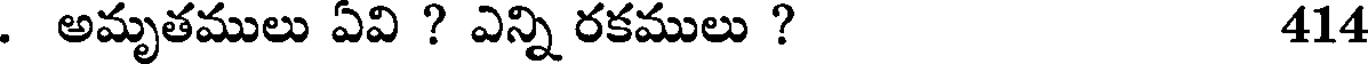
. అమృతములు ఏవి ? ఎన్ని రకములు ? 414